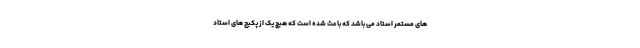
های مستمر استاد می باشد که باعث شده است که هیچ یک از پکیج های استاد